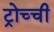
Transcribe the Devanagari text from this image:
ट्रोच्ची